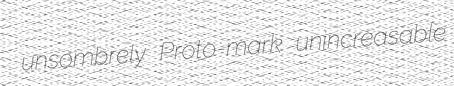
unsombrely Proto-mark unincreasable